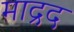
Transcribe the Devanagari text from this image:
माद्रद